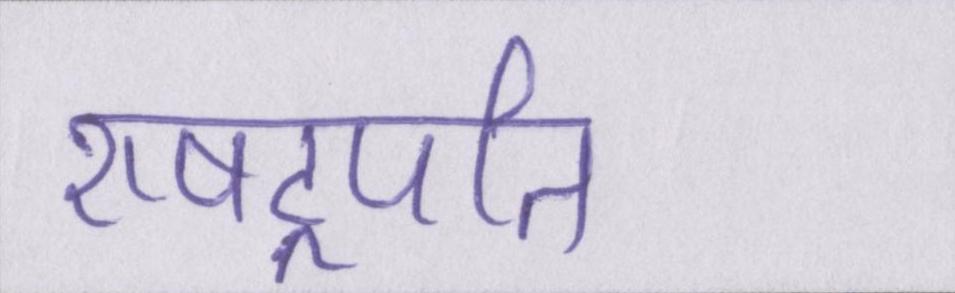
राषट्रपति